Civil Veterinary Dept. North-West Frontier Province 1933-46 - 1933-1946
Year: 1933
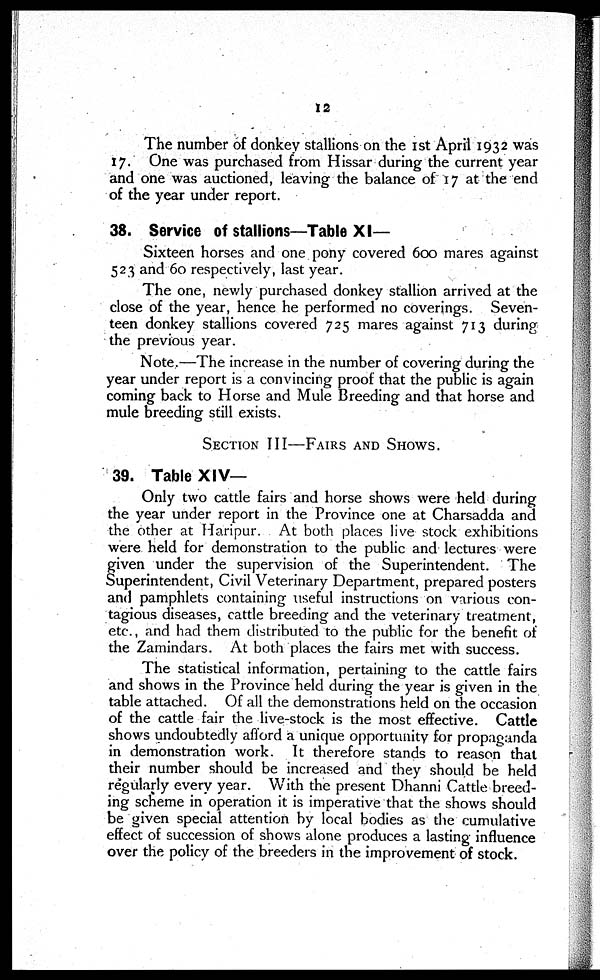
12
The number of donkey stallions on the 1st April 1932 was
17. One was purchased from Hissar during the current year
and one was auctioned, leaving the balance of 17 at the end
of the year under report.
38. Service of stallions—Table XI—
Sixteen horses and one pony covered 600 mares against
523 and 60 respectively, last year.
The one, newly purchased donkey stallion arrived at the
close of the year, hence he performed no coverings. Seven-
teen donkey stallions covered 725 mares against 713 during
the previous year.
Note.—The increase in the number of covering during the
year under report is a convincing proof that the public is again
coming back to Horse and Mule Breeding and that horse and
mule breeding still exists.
SECTION III—FAIRS AND SHOWS.
39. Table XIV—
Only two cattle fairs and horse shows were held during
the year under report in the Province one at Charsadda and
the other at Haripur. At both places live stock exhibitions
were held for demonstration to the public and lectures were
given under the supervision of the Superintendent. The
Superintendent, Civil Veterinary Department, prepared posters
and pamphlets containing useful instructions on various con-
tagious diseases, cattle breeding and the veterinary treatment,
etc., and had them distributed to the public for the benefit of
the Zamindars. At both places the fairs met with success.
The statistical information, pertaining to the cattle fairs
and shows in the Province held during the year is given in the
table attached. Of all the demonstrations held on the occasion
of the cattle fair the live-stock is the most effective. Cattle
shows undoubtedly afford a unique opportunity for propaganda
in demonstration work. It therefore stands to reason that
their number should be increased and they should be held
regularly every year. With the present Dhanni Cattle breed-
ing scheme in operation it is imperative that the shows should
be given special attention by local bodies as the cumulative
effect of succession of shows alone produces a lasting influence
over the policy of the breeders in the improvement of stock.